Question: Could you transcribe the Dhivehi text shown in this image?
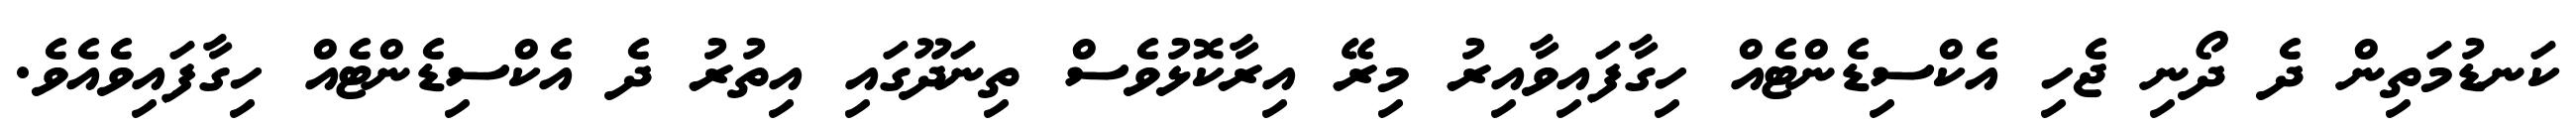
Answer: ކަނޑުމަތިން ދެ ދޯނި ޖެހި އެކްސިޑެންޓެއް ހިގާފައިވާއިރު މިރޭ އިރާކޮޅުވެސް ތިނަދޫގައި އިތުރު ދެ އެކްސިޑެންޓެއް ހިގާފައިވެއެވެ.